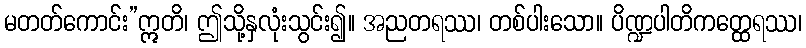
မတတ်ကောင်း”ဣတိ၊ ဤသို့နှလုံးသွင်း၍။ အညတရဿ၊ တစ်ပါးသော။ ပိဏ္ဍပါတိကတ္ထေရဿ၊